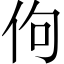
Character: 佝